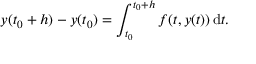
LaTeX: y ( t _ { 0 } + h ) - y ( t _ { 0 } ) = \int _ { t _ { 0 } } ^ { t _ { 0 } + h } f ( t , y ( t ) ) \, \mathrm { d } t .